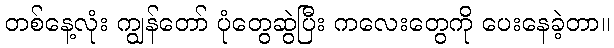
တစ်နေ့လုံး ကျွန်တော် ပုံတွေဆွဲပြီး ကလေးတွေကို ပေးနေခဲ့တာ။